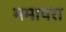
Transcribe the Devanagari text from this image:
ममापरा